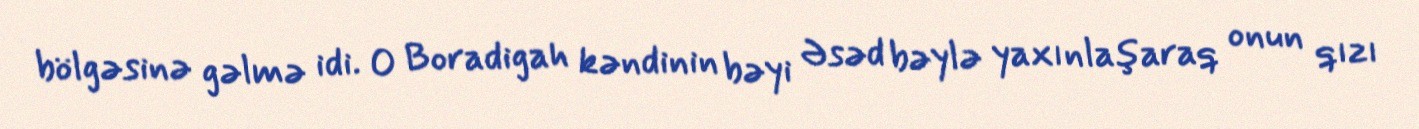
bölgəsinə gəlmə idi. O Boradigah kəndinin bəyi Əsəd bəylə yaxınlaşaraq onun qızı